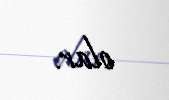
olar.